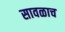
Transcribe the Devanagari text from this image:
सावळाच